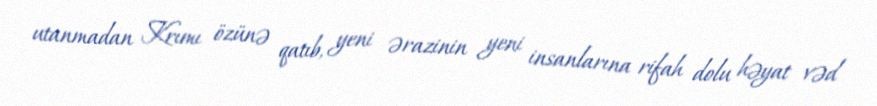
utanmadan Krımı özünə qatıb, yeni ərazinin yeni insanlarına rifah dolu həyat vəd